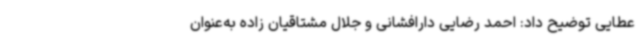
عطایی توضیح داد: احمد رضایی دارافشانی و جلال مشتاقیان زاده به‌عنوان